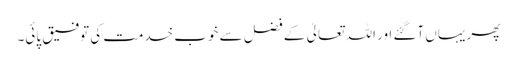
پھر یہاں آگئے اور اللہ تعالیٰ کے فضل سے خوب خدمت کی توفیق پائی۔